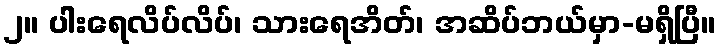
၂။ ပါးရေလိပ်လိပ်၊ သားရေအိတ်၊ အဆိပ်ဘယ်မှာ-မရှိပြီ။